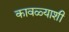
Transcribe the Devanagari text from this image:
कावळ्याशी